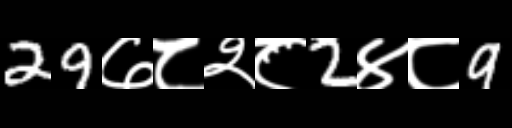
Text: 29७८२८2४८9